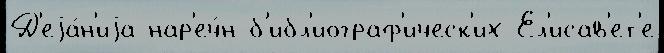
Д'еjа́н'иjа нар'еч́н б'ибл'иограф'ическ'их Ел'исав'ет'е